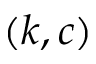
( k , c )